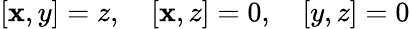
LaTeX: [\mathbf{x},y]=z,\quad[\mathbf{x},z]=0,\quad[y,z]=0